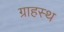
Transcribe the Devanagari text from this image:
ग्राहस्थ